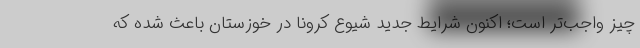
چیز واجب‌تر است؛ اکنون شرایط جدید شیوع کرونا در خوزستان باعث شده که